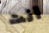
انت